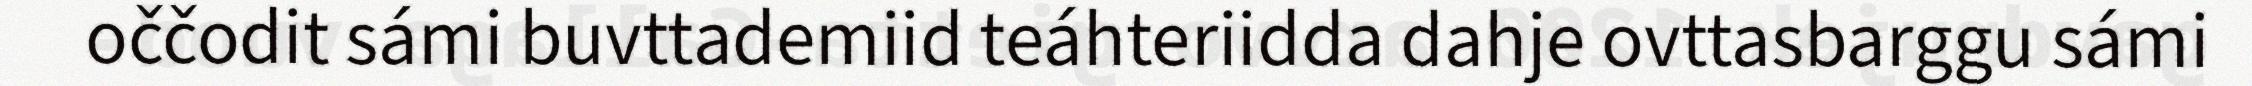
oččodit sámi buvttademiid teáhteriidda dahje ovttasbarggu sámi